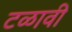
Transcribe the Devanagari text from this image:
टळावी